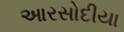
આરસોદીયા